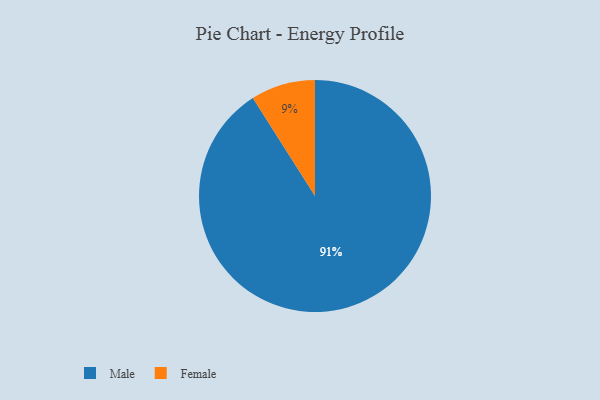
{"axis": {"x": "Category", "y": "Percentage"}, "legend": ["Female", "Male"], "data": [{"x": "Male", "y": 91, "type": "Male"}, {"x": "Female", "y": 9, "type": "Female"}]}